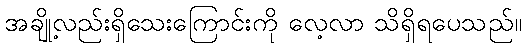
အချို့လည်းရှိသေးကြောင်းကို လေ့လာ သိရှိရပေသည်။